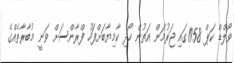
ވޯލްޑް ކަޕް 1958ގައި ޖަރުމަން އަތުން ހޯދި ކާމިޔާބަށްފަހު ފްރާންސަށް ވަނީ މުބާރާތެއްގެ